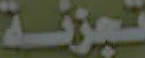
تجزئة